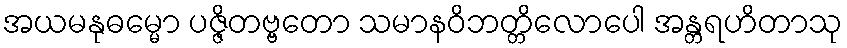
အယမနုဓမ္မော ပဇ္ဇိတဗ္ဗတော သမာနဝိဘတ္တိလောပေါ အန္တရဟိတာသု